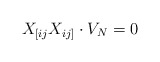
\begin{align*}X_{[ij}X_{ij]} \cdot V_N =0 \end{align*}